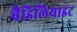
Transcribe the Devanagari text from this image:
बैडिलियाइट